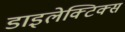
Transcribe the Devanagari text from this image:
डाइलेक्टिक्स